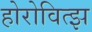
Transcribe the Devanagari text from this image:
होरोवित्झ